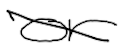
Text: or
Cross-out: diagonal
Writing tool: digital_black